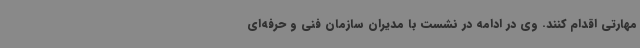
مهارتی اقدام کنند. وی در ادامه در نشست با مدیران سازمان فنی و حرفه‌ای